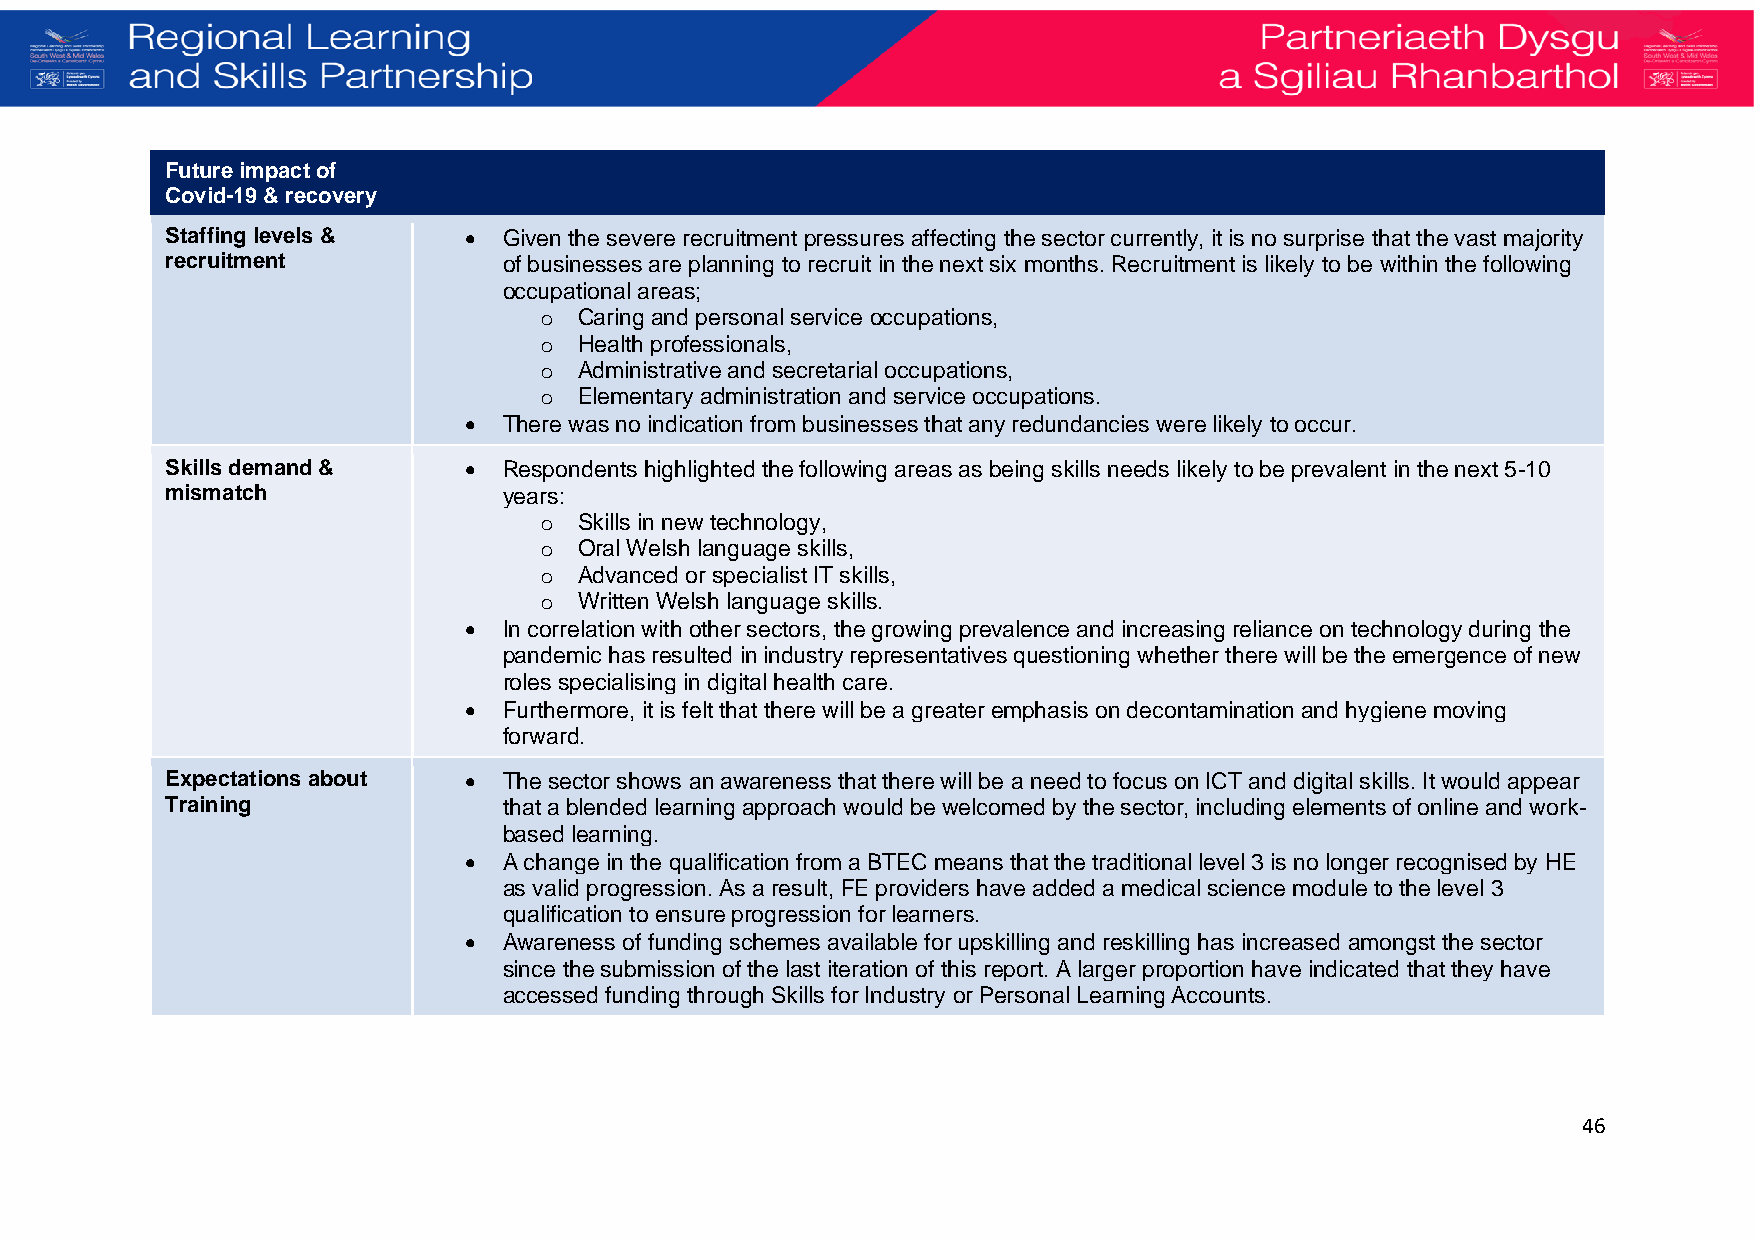
Future impact of
 Covid-19 & recovery
 Staffing levels &   • Given the severe recruitment pressures affecting the sector currently, it is no surprise that the vast majority
 recruitment           of businesses are planning to recruit in the next six months. Recruitment is likely to be within the following
 occupational areas;
 o Caring and personal service occupations,
 o Health professionals,
 o Administrative and secretarial occupations,
 o Elementary administration and service occupations.
 • There was no indication from businesses that any redundancies were likely to occur.
 Skills demand &     • Respondents highlighted the following areas as being skills needs likely to be prevalent in the next 5-10
 mismatch              years:
 o Skills in new technology,
 o Oral Welsh language skills,
 o Advanced or specialist IT skills,
 o Written Welsh language skills.
 • In correlation with other sectors, the growing prevalence and increasing reliance on technology during the
 pandemic has resulted in industry representatives questioning whether there will be the emergence of new
 roles specialising in digital health care.
 • Furthermore, it is felt that there will be a greater emphasis on decontamination and hygiene moving
 forward.
 Expectations about  • The sector shows an awareness that there will be a need to focus on ICT and digital skills. It would appear
 Training              that a blended learning approach would be welcomed by the sector, including elements of online and work-
 based learning.
 • A change in the qualification from a BTEC means that the traditional level 3 is no longer recognised by HE
 as valid progression. As a result, FE providers have added a medical science module to the level 3
 qualification to ensure progression for learners.
 • Awareness of funding schemes available for upskilling and reskilling has increased amongst the sector
 since the submission of the last iteration of this report. A larger proportion have indicated that they have
 accessed funding through Skills for Industry or Personal Learning Accounts.
 46